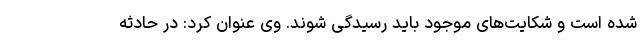
شده است و شکایت‌های موجود باید رسیدگی شوند. وی عنوان کرد: در حادثه